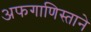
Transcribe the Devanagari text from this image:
अफगाणिस्ताने